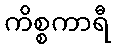
ကိစ္စကာရီ